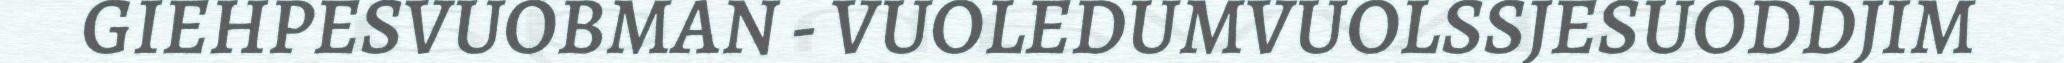
GIEHPESVUOBMAN - VUOLEDUMVUOLSSJESUODDJIM